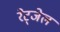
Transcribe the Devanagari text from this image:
रेट्जेल